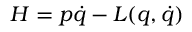
H = p \dot { q } - L ( q , \dot { q } )